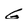
Character: G